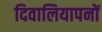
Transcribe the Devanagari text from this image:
दिवालियापनों